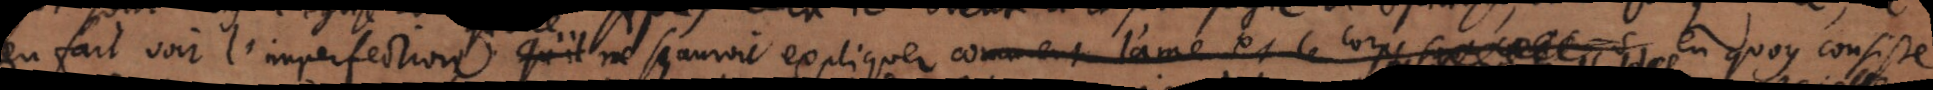
en fait voir l’imperfection, qu’il ne sçauroit expliquer comment l’ame et le corps _ en quoy consiste